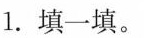
1.填一填。